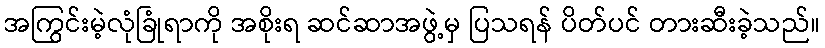
အကြွင်းမဲ့လုံခြုံရာကို အစိုးရ ဆင်ဆာအဖွဲ့မှ ပြသရန် ပိတ်ပင် တားဆီးခဲ့သည်။